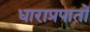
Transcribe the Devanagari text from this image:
धाराप्रपातों